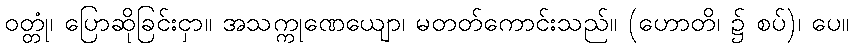
ဝတ္တုံ၊ ပြောဆိုခြင်းငှာ။ အသက္ကုဏေယျော၊ မတတ်ကောင်းသည်။ (ဟောတိ၊ ၌ စပ်)၊ ပေ။